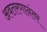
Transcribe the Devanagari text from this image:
अवतरणानंतर